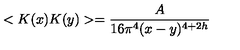
< K ( x ) K ( y ) > = \frac { A } { 1 6 \pi ^ { 4 } ( x - y ) ^ { 4 + 2 h } }